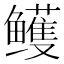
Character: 鳠